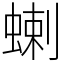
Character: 蝲